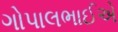
ગોપાલભાઈએ